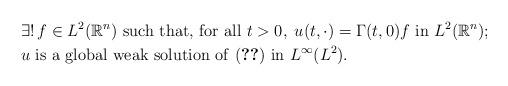
LaTeX: \begin{align*}&\exists !\,f\in L^2({\mathbb{R}}^n)\mbox{ such that, for all } t>0, \; u(t,\cdot)=\Gamma(t,0)f\mbox{ in } L^2({\mathbb{R}}^n);\\&u \mbox{ is a global weak solution of \eqref{eq1} in }L^\infty(L^2).\end{align*}